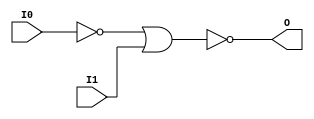
// $Header: /devl/xcs/repo/env/Databases/CAEInterfaces/verunilibs/data/unisims/NOR2B1.v,v 1.5.158.1 2007/03/09 18:13:10 patrickp Exp $
///////////////////////////////////////////////////////////////////////////////
// Copyright (c) 1995/2004 Xilinx, Inc.
// All Right Reserved.
///////////////////////////////////////////////////////////////////////////////
//   ____  ____
//  /   /\/   /
// /___/  \  /    Vendor : Xilinx
// \   \   \/     Version : 8.1i (I.13)
//  \   \         Description : Xilinx Functional Simulation Library Component
//  /   /                  2-input NOR Gate
// /___/   /\     Filename : NOR2B1.v
// \   \  /  \    Timestamp : Thu Mar 25 16:42:58 PST 2004
//  \___\/\___\
//
// Revision:
//    03/23/04 - Initial version.
// End Revision

`timescale  100 ps / 10 ps


module NOR2B1 (O, I0, I1);

    output O;

    input  I0, I1;

    not N0 (i0_inv, I0);
    nor O1 (O, i0_inv, I1);


endmodule